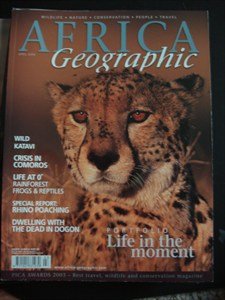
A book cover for AFRICA Geographic - April 2004 - Katavi - Comoros - Frogs - Reptiles - Rainforest - Poaching - Dogon - Wildlife - Nature - Conservation - People - Travel; Travel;